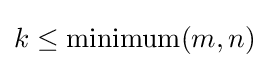
k\leq \operatorname {minimum} (m,n)